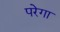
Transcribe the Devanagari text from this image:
परेगा